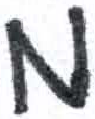
אות: מ